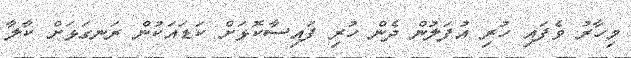
މިހާރު ވެފައި ހުރި އުފަލުން ދެން ހުރި ފައިސާކޮޅަށް ކަޑައަކުން ރަނގަޅަށް ކާލާ